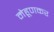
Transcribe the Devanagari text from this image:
मेहूणकर